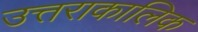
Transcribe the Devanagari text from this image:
उत्तराकालिक